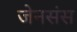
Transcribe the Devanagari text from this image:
जेनसंस